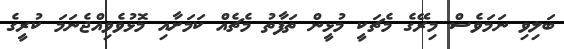
ބަލިވި ނަމަވެސް މިރޭގެ މެޗަކީ މުޅީން ތަފާތު މެޗެއް ކަމަށާއި މޮޅުވެވިއްޖެނަމަ ކުރީގެ